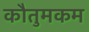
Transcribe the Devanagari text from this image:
कौतुमकम